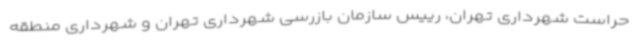
حراست شهرداری تهران، رییس سازمان بازرسی شهرداری تهران و شهرداری منطقه